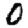
Digit: 0